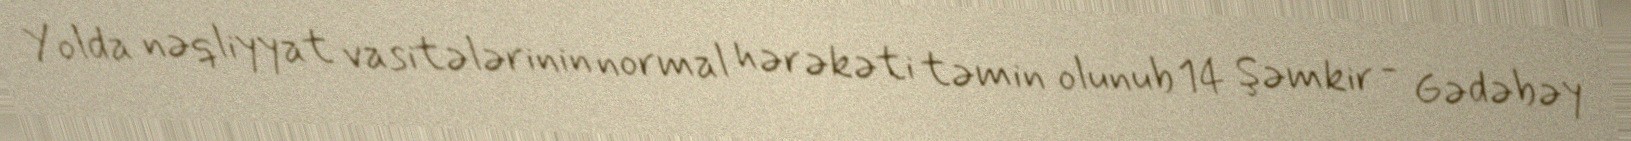
Yolda nəqliyyat vasitələrinin normal hərəkəti təmin olunub 14 Şəmkir - Gədəbəy